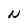
Character: N